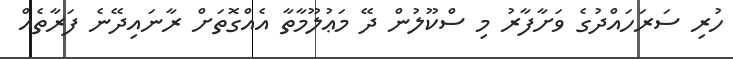
ހުރި ސަރަހައްދުގެ ވަށާފާރު މި ސްކޫލުން ދޭ މަޢުލޫމާތާ އެއްގޮތަށް ރާނައިދޭނެ ފަރާތެއް